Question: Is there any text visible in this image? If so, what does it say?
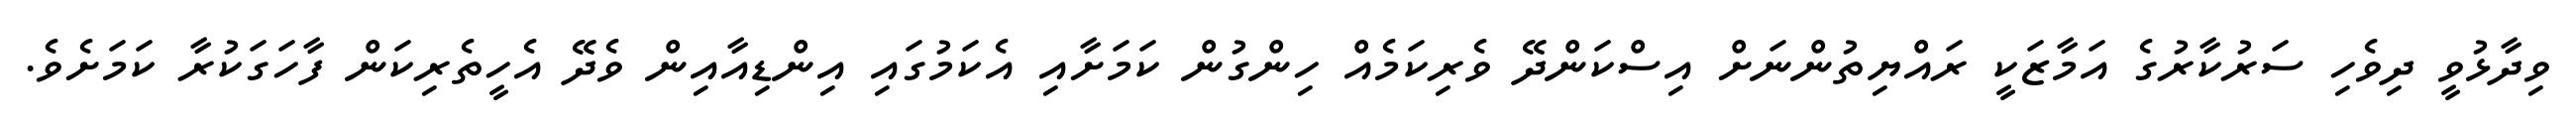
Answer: ވިދާޅުވީ ދިވެހި ސަރުކާރުގެ އަމާޒަކީ ރައްޔިތުންނަށް އިސްކަންދޭ ވެރިކަމެއް ހިންގުން ކަމަށާއި އެކަމުގައި އިންޑިއާއިން ވެދޭ އެހީތެރިކަން ފާހަގަކުރާ ކަމަށެވެ.